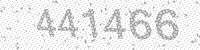
Solution: 441466